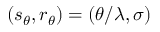
( s _ { \theta } , r _ { \theta } ) = ( \theta / \lambda , \sigma )